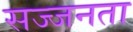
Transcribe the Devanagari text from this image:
सज्‍जनता